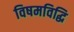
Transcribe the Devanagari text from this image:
विषमविद्धि